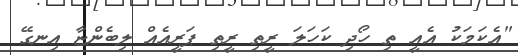
"އެކަމަކު އެއީ ތި ހޯދި ކަހަލަ ރީތި ރީތި ޕަރީއެއް ލިބެންޏާ އިނގޭ